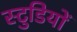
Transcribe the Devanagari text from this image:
स्टुडियों